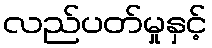
လည်ပတ်မှုနှင့်